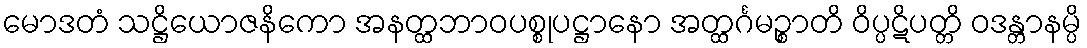
မောဒတံ သဋ္ဌိယောဇနိကော အနတ္ထဘာဝပစ္စုပဋ္ဌာနော အတ္ထင်္ဂမဉ္စာတိ ဝိပ္ပဋိပတ္တိ ဝဒန္တာနမ္ပိ